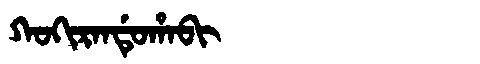
Manchu: ᡴᠣᡴᡳᡵᠠᠨᡩᡠᡥᠠᠪᡳ
Romanization: KOKIRANDUHABI